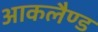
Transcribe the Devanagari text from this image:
आकलैण्ड